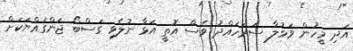
އަދި މީހުން ވަޅުލާ ސަރަހައްދު ވެސް އޮތީ އަޅާ ނުލެވި ގަސްބޯ ޖަންގައްޔަކަށް